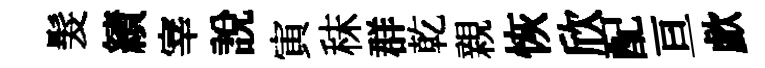
髮績宰說寅秣群乾親恢欣配亘歔